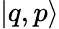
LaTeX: |q,p\rangle